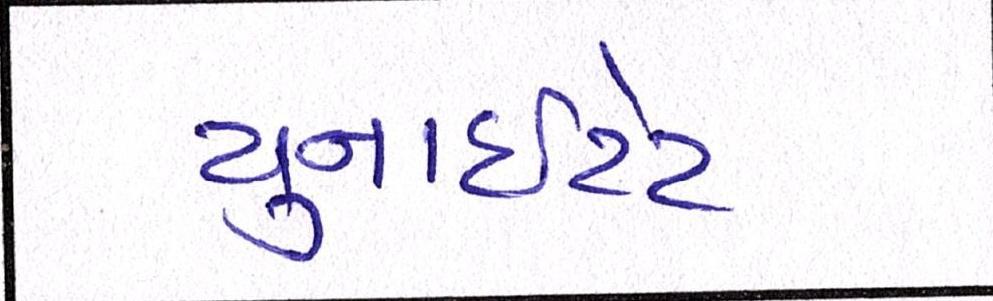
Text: યુનાઈટેડ